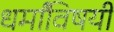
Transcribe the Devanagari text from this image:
धर्मांविषयी